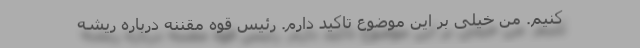
کنیم. من خیلی بر این موضوع تاکید دارم. رئیس قوه مقننه درباره ریشه